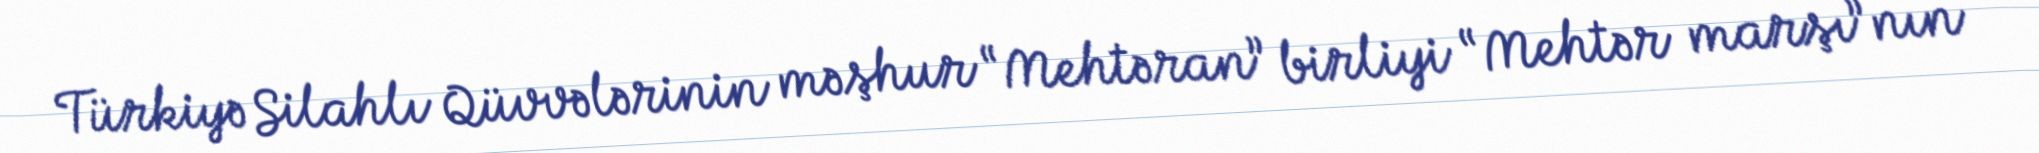
Türkiyə Silahlı Qüvvələrinin məşhur “Mehtəran” birliyi “Mehtər marşı”nın